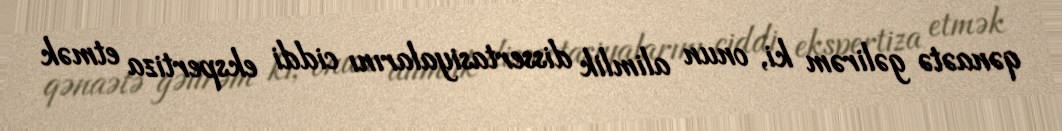
qənaətə gəlirəm ki, onun alimlik dissertasiyalarını ciddi ekspertiza etmək